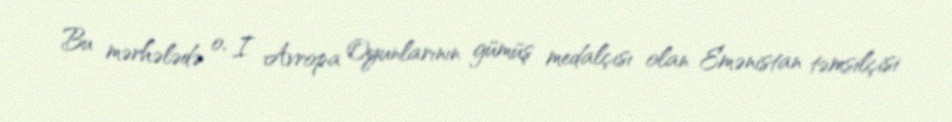
Bu mərhələdə o, I Avropa Oyunlarının gümüş medalçısı olan Emənistan təmsilçisi